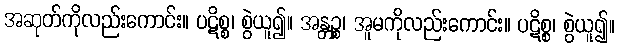
အဆုတ်ကိုလည်းကောင်း။ ပဋိစ္စ၊ စွဲယူ၍။ အန္တဉ္စ၊ အူမကိုလည်းကောင်း။ ပဋိစ္စ၊ စွဲယူ၍။